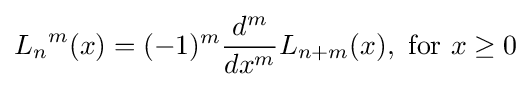
{L_{n}}^{m}(x)=(-1)^{m}{\frac {d^{m}}{dx^{m}}}L_{n+m}(x),{\text{ for }}x\geq 0